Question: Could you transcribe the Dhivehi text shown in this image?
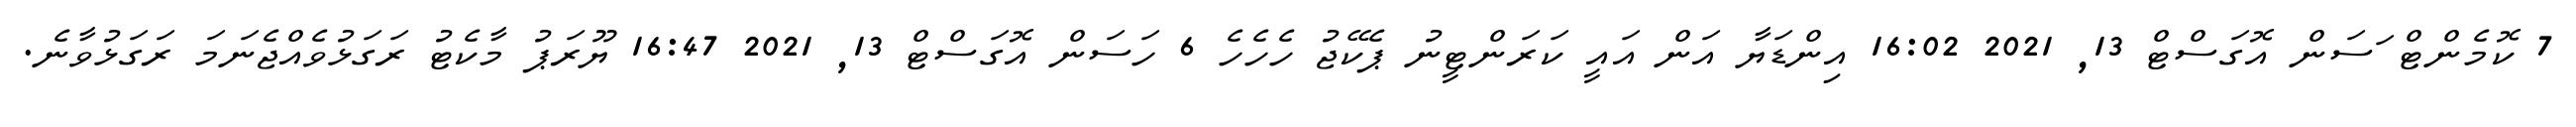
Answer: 7 ކޮމެންޓް ަސަން އޮގަސްޓް 13, 2021 16:02 އިންޑަޔާ އަން އައީ ކަރަންޓީނު ޕެކޭޖު ހެހެހެ 6 ހަސަން އޮގަސްޓް 13, 2021 16:47 ޔޫރަޕު މާކެޓު ރަގަޅުވެއްޖެނަމަ ރަގަޅުވާނެ.